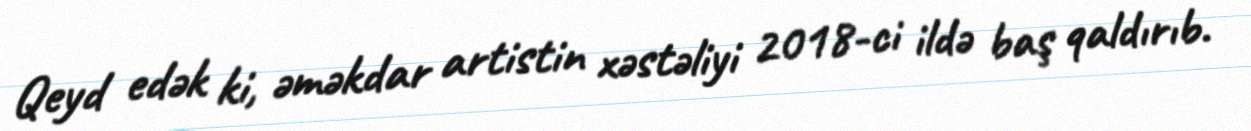
Qeyd edək ki, əməkdar artistin xəstəliyi 2018-ci ildə baş qaldırıb.